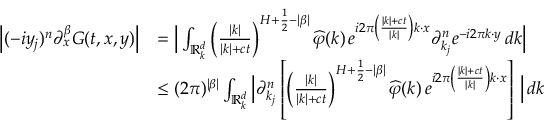
\begin{array} { r l } { \Big | ( - i y _ { j } ) ^ { n } { \partial } _ { x } ^ { \beta } G ( t , x , y ) \Big | } & { = \Big | \int _ { \mathbb R _ { k } ^ { d } } \left( \frac { | k | } { | k | + c t } \right) ^ { H + \frac { 1 } { 2 } - | \beta | } \widehat { \varphi } ( k ) \, e ^ { i 2 \pi \left( \frac { | k | + c t } { | k | } \right) k \cdot x } { \partial } _ { k _ { j } } ^ { n } e ^ { - i 2 \pi k \cdot y } \, d k \Big | } \\ & { \leq ( 2 \pi ) ^ { | \beta | } \int _ { \mathbb R _ { k } ^ { d } } \Big | { \partial } _ { k _ { j } } ^ { n } \left[ \left( \frac { | k | } { | k | + c t } \right) ^ { H + \frac { 1 } { 2 } - | \beta | } \widehat { \varphi } ( k ) \, e ^ { i 2 \pi \left( \frac { | k | + c t } { | k | } \right) k \cdot x } \right] \, \Big | \, d k } \end{array}